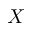
X